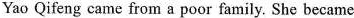
Yao Qifeng came from a poor family. She became